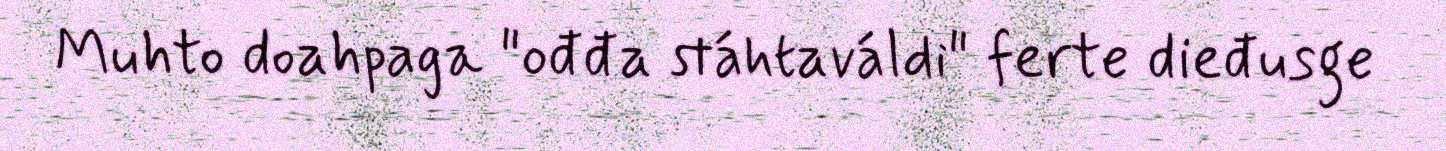
Muhto doahpaga "ođđa stáhtaváldi" ferte dieđusge